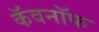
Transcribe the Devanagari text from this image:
कॅवनॉफ